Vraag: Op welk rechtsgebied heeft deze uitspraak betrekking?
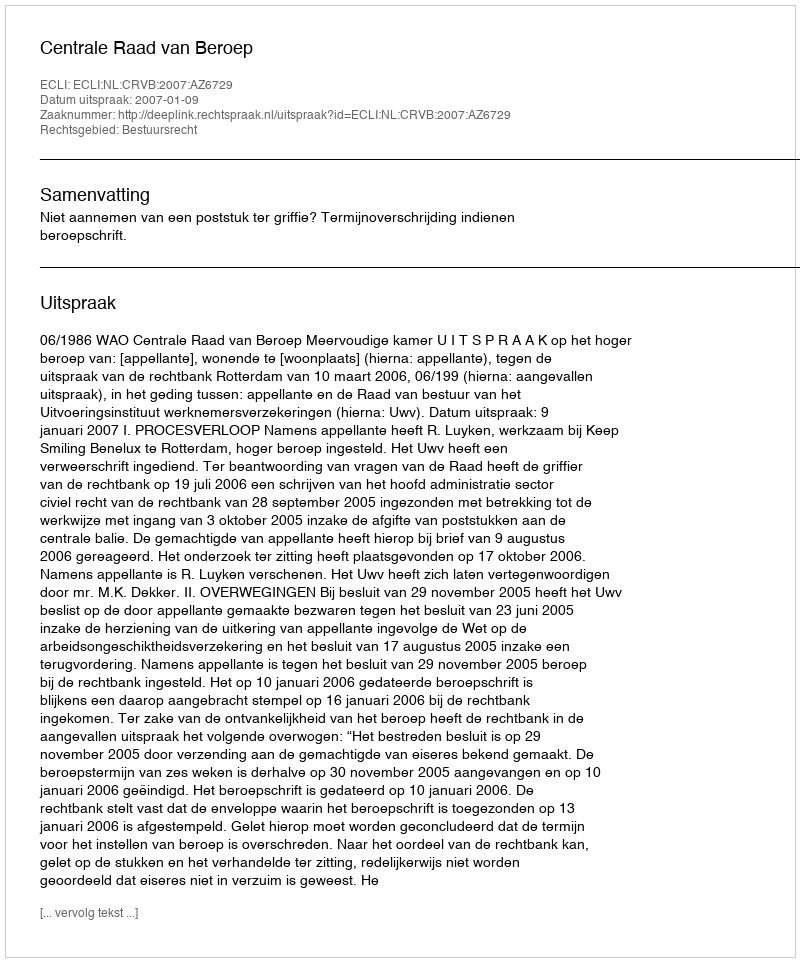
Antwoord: Bestuursrecht